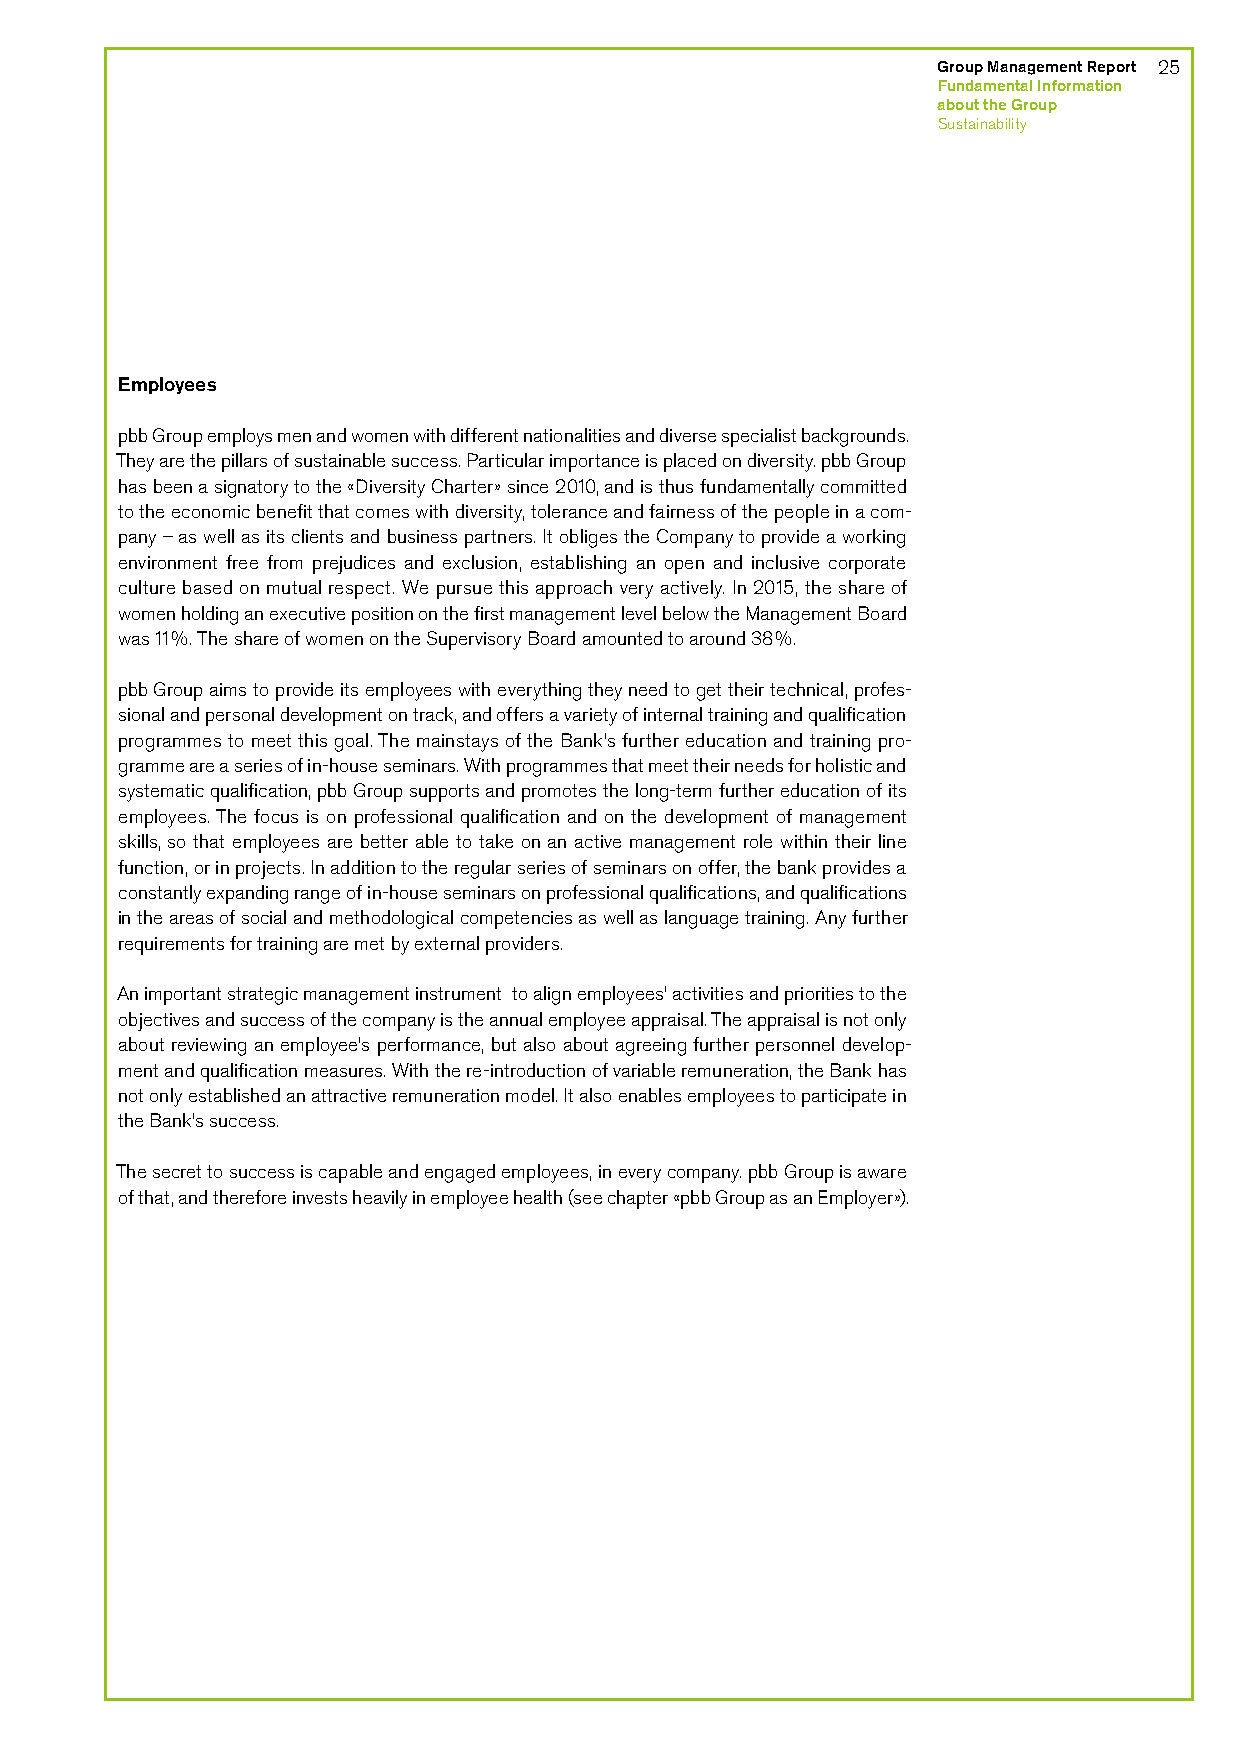
Group Management Report 25
 F undamental Information
 about the Group
 Sustainability
 Employees
 pbb Group employs men and women with different nationalities and diverse specialist backgrounds.
 They are the pillars of sustainable success. Particular importance is placed on diversity. pbb Group
 has been a signatory to the «Diversity Charter» since 2010, and is thus fundamentally committed
 to the economic benefit that comes with diversity, tolerance and fairness of the people in a com-
 pany – as well as its clients and business partners. It obliges the Company to provide a working
 environment free from prejudices and exclusion, establishing an open and inclusive corporate
 culture based on mutual respect. We pursue this approach very actively. In 2015, the share of
 women holding an executive position on the first management level below the Management Board
 was 11%. The share of women on the Supervisory Board amounted to around 38%.
 pbb Group aims to provide its employees with everything they need to get their technical, profes-
 sional and personal development on track, and offers a variety of internal training and qualification
 programmes to meet this goal. The mainstays of the Bank’s further education and training pro-
 gramme are a series of in-house seminars. With programmes that meet their needs for holistic and
 systematic qualification, pbb Group supports and promotes the long-term further education of its
 employees. The focus is on professional qualification and on the development of management
 skills, so that employees are better able to take on an active management role within their line
 function, or in projects. In addition to the regular series of seminars on offer, the bank provides a
 constantly expanding range of in-house seminars on professional qualifications, and qualifications
 in the areas of social and methodological competencies as well as language training. Any further
 requirements for training are met by external providers.
 An important strategic management instrument to align employees’ activities and priorities to the
 objectives and success of the company is the annual employee appraisal. The appraisal is not only
 about reviewing an employee’s performance, but also about agreeing further personnel develop-
 ment and qualification measures. With the re-introduction of variable remuneration, the Bank has
 not only established an attractive remuneration model. It also enables employees to participate in
 the Bank’s success.
 The secret to success is capable and engaged employees, in every company. pbb Group is aware
 of that, and therefore invests heavily in employee health (see chapter «pbb Group as an Employer»).